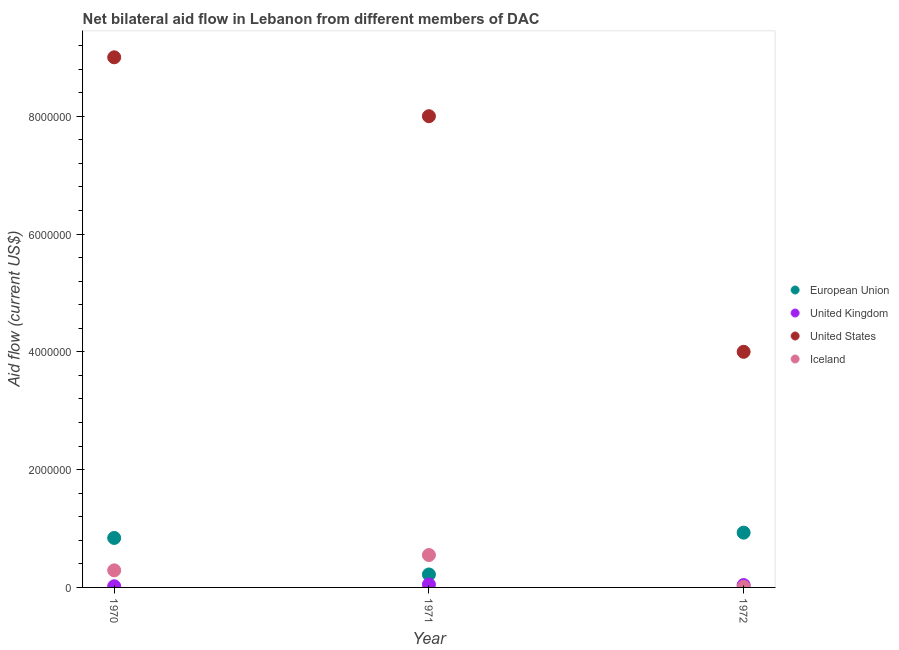
| Year | European Union | United Kingdom | United States | Iceland |
 | --- | --- | --- | --- | --- |
 | 1970 | 8.4e+05 | 2e+04 | 9e+06 | 2.9e+05 |
 | 1971 | 2.2e+05 | 5e+04 | 8e+06 | 5.5e+05 |
 | 1972 | 9.3e+05 | 4e+04 | 4e+06 | 1e+04 |